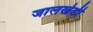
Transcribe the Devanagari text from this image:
जालखेडी